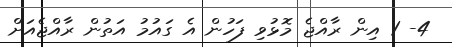
4- 1 އިން ރާއްޖެ މޮޅުވި ފަހުން އެ ގައުމު އަތުން ރާއްޖެއަށް